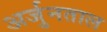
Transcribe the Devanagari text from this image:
अर्जुनताल